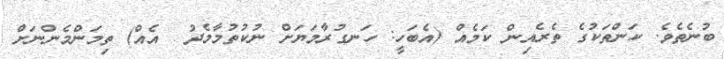
ބުނެތެވެ. ކަންތަކުގެ ތެރެއިން ކަމެއް (އެބަހީ: ހަނގުރާމަޔަށް ނުކުތުމާމެދު  އެއް) ތިމަންމެންނަށް